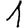
Digit: 1